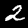
Digit: 2